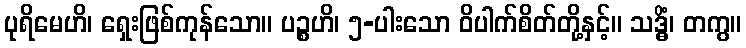
ပုရိမေဟိ၊ ရှေးဖြစ်ကုန်သော။ ပဉ္စဟိ၊ ၅-ပါးသော ဝိပါက်စိတ်တို့နှင့်။ သဒ္ဓိံ၊ တကွ။